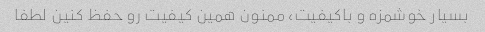
بسیار خوشمزه و باکیفیت، ممنون همین کیفیت رو حفظ کنین لطفا